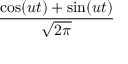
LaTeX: \frac { \cos ( u t ) + \sin ( u t ) } { \sqrt { 2 \pi } }